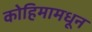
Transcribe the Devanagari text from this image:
कोहिमामधून